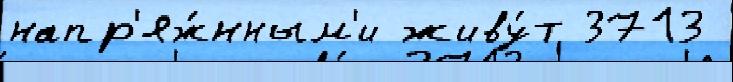
напр'яж́нным'и живу́т 3713